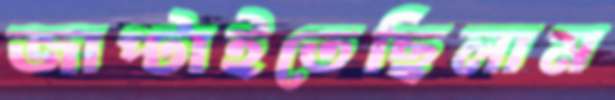
জাপ্‌টাইতেছিলাম